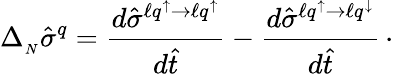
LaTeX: \Delta_{_N}\hat{\sigma}^{q}={\frac{d\hat{\sigma}^{\ell q^{\uparrow}\to\ell q^{\uparrow}}}{d\hat{t}}}-{\frac{d\hat{\sigma}^{\ell q^{\uparrow}\to\ell q^{\downarrow}}}{d\hat{t}}}\, \cdot